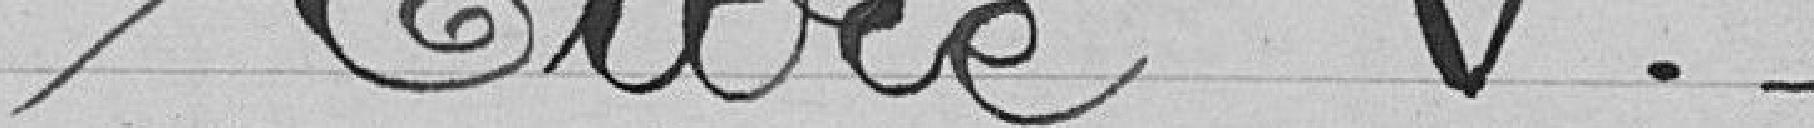
Titre V